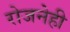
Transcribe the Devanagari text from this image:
रोजनेही